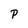
Character: p